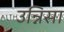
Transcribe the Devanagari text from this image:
उन्निसा